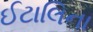
ઈટાલિના